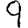
Digit: 9